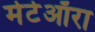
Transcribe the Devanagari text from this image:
मेटेऑरा